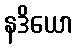
နဒိယော